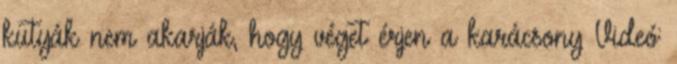
kutyák nem akarják, hogy véget érjen a karácsony Videó: